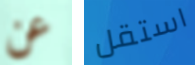
عن استقل